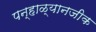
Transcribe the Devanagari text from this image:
पन्हाळ्यानजीक